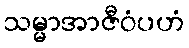
သမ္မာအာဇီဝံပဟံ